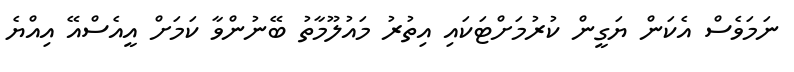
ނަމަވެސް އެކަން ޔަގީން ކުރުމަށްޓަކައި އިތުރު މައުލޫމާތު ބޭނުންވާ ކަމަށް އީއެސްއޭ އިއްޔެ